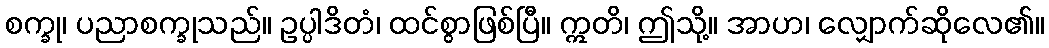
စက္ခု၊ ပညာစက္ခုသည်။ ဥပ္ပါဒိတံ၊ ထင်စွာဖြစ်ပြီ။ ဣတိ၊ ဤသို့။ အာဟ၊ လျှောက်ဆိုလေ၏။